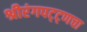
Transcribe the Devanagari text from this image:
श्रीरंगपट्ट्णचा